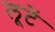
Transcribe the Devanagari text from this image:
लूटें